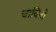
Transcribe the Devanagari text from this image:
चावितो